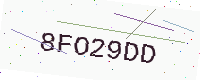
Text: 8FO29DD